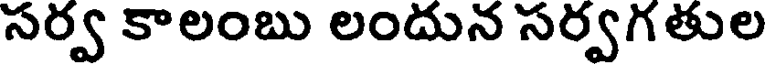
సర్వ కాలంబు లందున సర్వగతుల